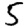
Digit: 5